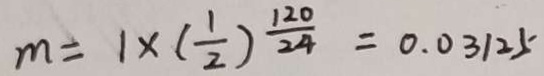
m = 1 \times ( \frac { 1 } { 2 } ) \frac { 1 2 0 } { 2 4 } = 0 . 0 3 1 2 5